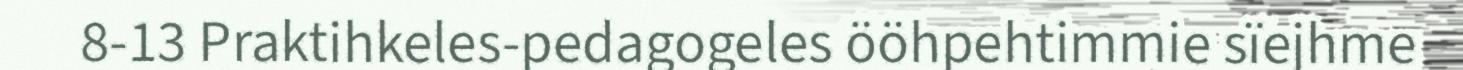
8-13 Praktihkeles-pedagogeles ööhpehtimmie sïejhme